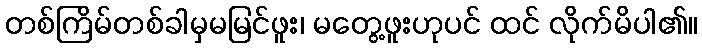
တစ်ကြိမ်တစ်ခါမှမမြင်ဖူး၊ မတွေ့ဖူးဟုပင် ထင် လိုက်မိပါ၏။